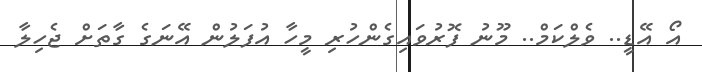
އޯ އޭޑީ.. ވެލްކަމް.. މޫނު ފޮރުވައިގެންހުރި މީހާ އުފަލުން އޭނަގެ ގާތަށް ޖެހިލާ